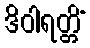
ဒိဝါရတ္တိံ